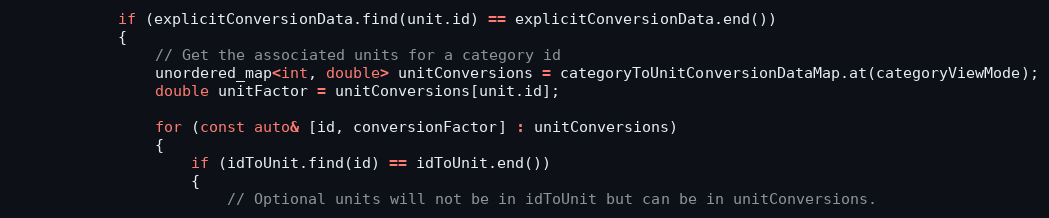
Language: C++
            if (explicitConversionData.find(unit.id) == explicitConversionData.end())
            {
                // Get the associated units for a category id
                unordered_map<int, double> unitConversions = categoryToUnitConversionDataMap.at(categoryViewMode);
                double unitFactor = unitConversions[unit.id];

                for (const auto& [id, conversionFactor] : unitConversions)
                {
                    if (idToUnit.find(id) == idToUnit.end())
                    {
                        // Optional units will not be in idToUnit but can be in unitConversions.